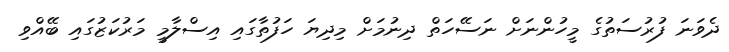
ދެވަނަ ފުރުސަތުގެ މީހުންނަށް ނަސޭހަތް ދިނުމަށް މިދިޔަ ހަފުތާގައި އިސްލާމީ މަރުކަޒުގައި ބޭއްވި